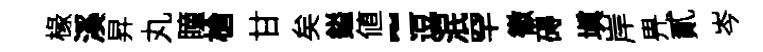
椽溪昇丸瞳槍甘矣鎰値~逗泯罕徽碍塡岸畀貳岑